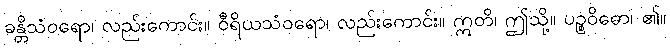
ခန္တိသံဝရော၊ လည်းကောင်း။ ဝီရိယသံဝရော၊ လည်းကောင်း။ ဣတိ၊ ဤသို့။ ပဉ္စဝိဓော၊ ၏။